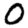
Digit: 0